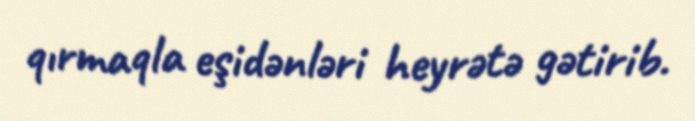
qırmaqla eşidənləri heyrətə gətirib.